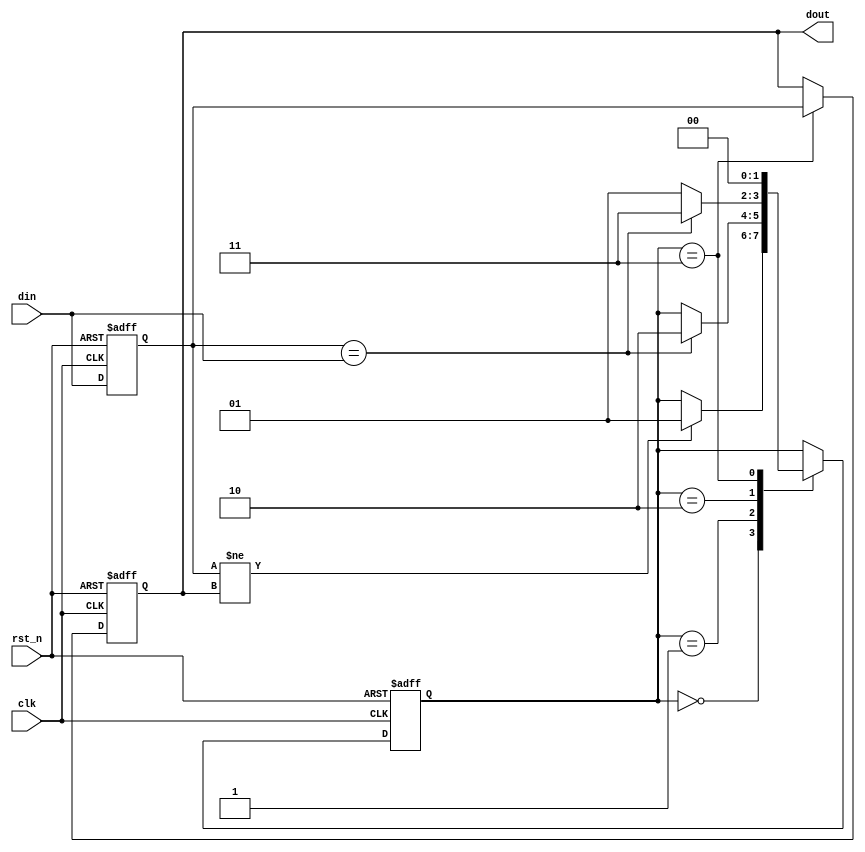
module LTZ_CDCF #(
    parameter                WIDTH   = 1,
    parameter  [WIDTH -1:0]  INITVAL = {WIDTH{1'b0}}
) (
    input                    rst_n ,
    input                    clk   ,
    input      [WIDTH -1:0]  din   ,
    output reg [WIDTH -1:0]  dout
);

//
reg  [WIDTH -1:0]  buff ;
reg         [1:0]  state;

//
always @(posedge clk or negedge rst_n)
if (!rst_n)
    buff <= INITVAL;
else
    buff <= din;

//
always @(posedge clk or negedge rst_n)
if (!rst_n)
    dout <= INITVAL;
else if (state == 2'd3)
    dout <= buff;

// filter and judger
wire  neq = (buff != dout);
wire   eq = (buff == din );

always @(posedge clk or negedge rst_n)
if (!rst_n)
    state <= 2'b0;
else begin
    case (state)
        2'd0 : if (neq) state <= 2'd1;
        2'd1 : if ( eq) state <= 2'd2;
        2'd2 : if ( eq) state <= 2'd3; else state <= 2'd1;
        2'd3 : state <= 2'd0;
    endcase
end

//
endmodule